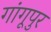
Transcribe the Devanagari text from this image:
गांगूपुर